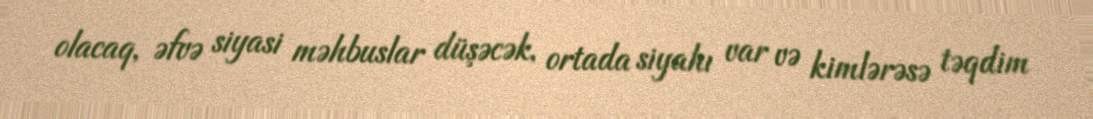
olacaq, əfvə siyasi məhbuslar düşəcək, ortada siyahı var və kimlərəsə təqdim